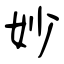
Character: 妙